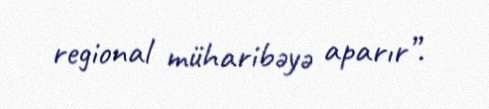
regional müharibəyə aparır”.